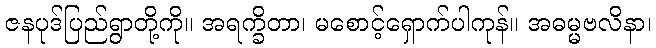
ဇနပုဒ်ပြည်ရွာတို့ကို။ အရက္ခိတာ၊ မစောင့်ရှောက်ပါကုန်။ အဓမ္မဗလိနာ၊